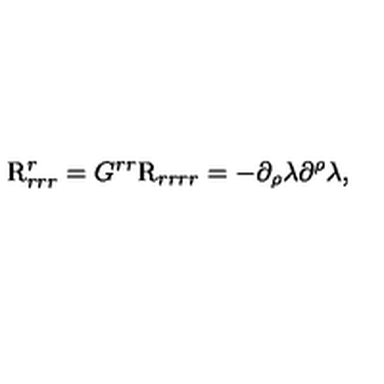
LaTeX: \mathrm { \boldmath { R } } _ { r r r } ^ { r } = G ^ { r r } \mathrm { \boldmath { R } } _ { r r r r } = - \partial _ { \rho } \lambda \partial ^ { \rho } \lambda ,